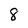
Character: 8